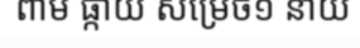
ពាម ផ្កាយ សម្រេច១ នាយ